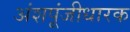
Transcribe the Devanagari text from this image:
अंशपूंजीधारक